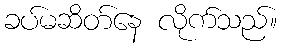
ခပ်မဆိတ်နေ လိုက်သည်။